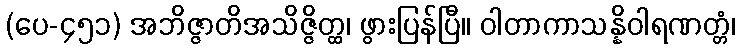
(ပေ-၄၅၁) အဘိဇ္ဇာတိအသိဇ္ဇိတ္ထ၊ ဖွားပြန်ပြီ။ ဝါတာကာသန္နိဝါရဏတ္တံ၊